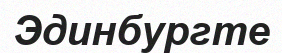
Эдинбургте